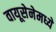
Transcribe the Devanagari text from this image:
वायूसेनेमध्ये